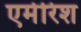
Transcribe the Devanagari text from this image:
एमेरिश